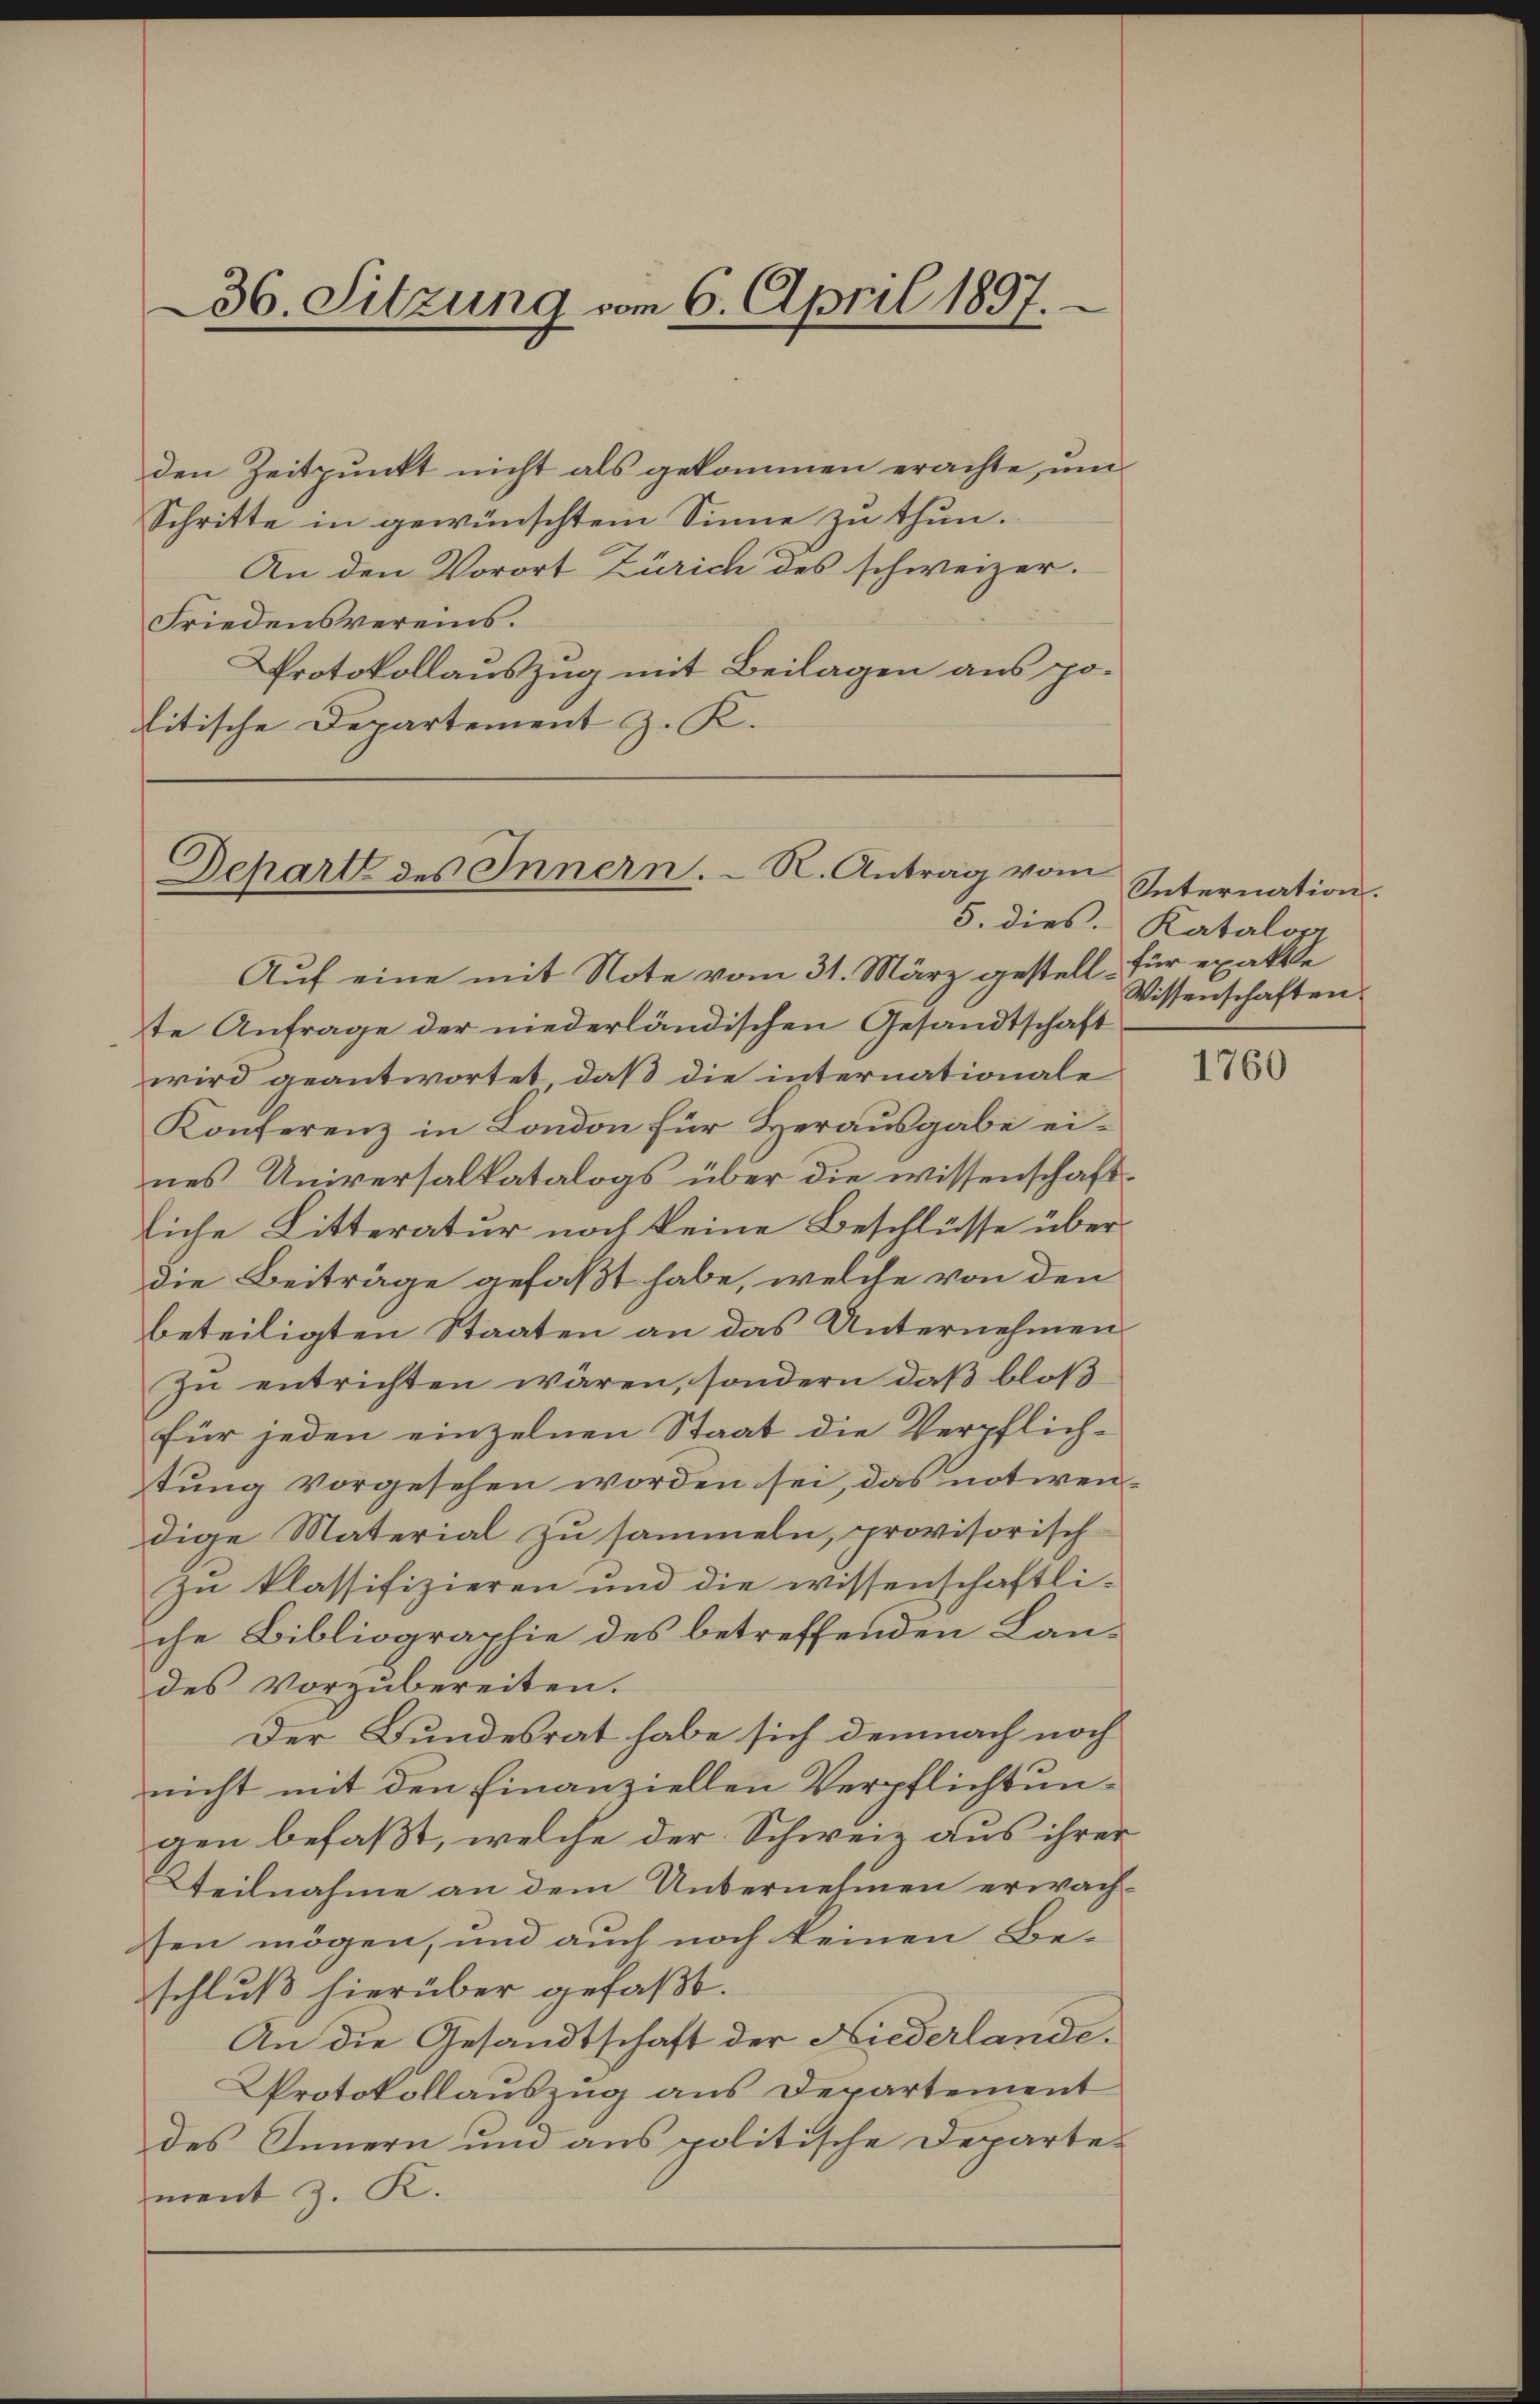
den Zeitpunkt nicht als gekommen erachte, um
Schritte in gewünschtem Sinne zu thun.
An den Vorort Zürich des schweizer.
Friedensvereins.
Protokollauszug mit Beilagen aus politische Departement z. K.

36. Sitzung vom 6. April 1897.

Dehart des Innern. R. Antrag vom
5. dies.

Auf eine mit Note vom 31. März gestell für exakte
te Anfrage der niederländischen Gesandtschaft
wird geantwortet, daß die internationale
Konferenz in London für Herausgabe eines Universalkatalogs über die wissenschaftliche Litteratur noch keine Beschlüsse über
die Beiträge gefaßt habe, welche von den
beteiligten Staaten an das Unternehmen
In entrichten wären, sondern das bloß
für jeden einzelnen Staat die Verpflich-
stung vorgesehen worden sei, das notwendige Material zu sammeln, provisorisch
zu klassifizieren und die wissenschaftli-
che Bibliographie des betreffenden Landes vorzubereiten.
Der Bundesrat habe sich demnach noch
nicht mit den Finanziellen Verpflichtungen befaßt, welche der Schweiz aus ihrer
Wteilnahme an dem Unternehmen erwächsen mögen, und auch noch keinen Be-
schluß hierüber gefaßt.
An die Gesandtschaft der Niederlande.
Protokollauszug aus Departement
des Innern und aus politische Departe-
ment z. K.

Internation.
Katalog
Wissenschaften.

1760